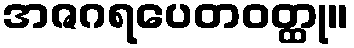
အဇဂရပေတဝတ္ထု။